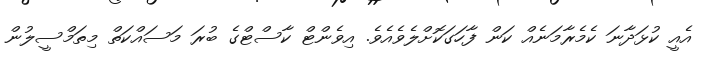
އެއީ ކުޅަދާނަ ކެމެރާމަނެއް ކަން ފާހަގަކޮށްލެވެއެވެ. އިވެންޓް ކާސްޓްގެ ބުރަ މަސައްކަތް މިތަމްސީލުން